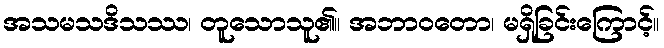
အသမသဒိသဿ၊ တူသောသူ၏။ အဘာဝတော၊ မရှိခြင်းကြောင့်။